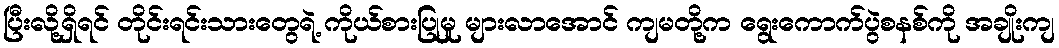
ပြီးလို့ရှိရင် တိုင်းရင်းသားတွေရဲ့ ကိုယ်စားပြုမှု များလာအောင် ကျမတို့က ရွေးကောက်ပွဲစနစ်ကို အချိုးကျ